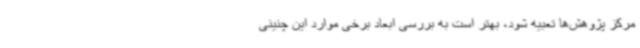
مرکز پژوهش‌ها تعبیه شود، بهتر است به بررسی ابعاد برخی موارد این چنینی